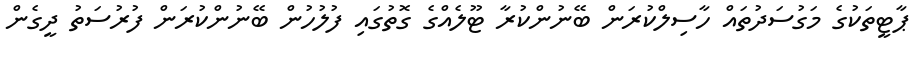
ޕާޓީތަކުގެ މަގުސަދުތައް ހާސިލްކުރަން ބޭނުންކުރާ ޓޫލެއްގެ ގޮތުގައި ފުލުހުން ބޭނުންކުރަން ފުރުސަތު ދީގެން